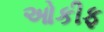
ઓકીફ